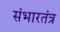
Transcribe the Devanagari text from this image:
संभारतंत्र